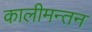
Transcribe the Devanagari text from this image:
कालीमन्तन